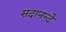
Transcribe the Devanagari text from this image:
सदानन्दे